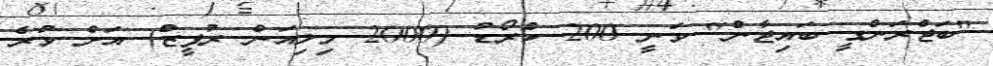
"ބަޖްރަންގީ ބައިޖާން" ވަނީ 200 ކްރޯޑު (2000 މިލިއަން ރުޕީޒް) އަށް ވުރެ